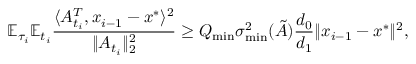
\mathbb { E } _ { \tau _ { i } } \mathbb { E } _ { t _ { i } } \frac { \langle A _ { t _ { i } } ^ { T } , x _ { i - 1 } - x ^ { * } \rangle ^ { 2 } } { \| A _ { t _ { i } } \| _ { 2 } ^ { 2 } } \geq Q _ { \operatorname* { m i n } } \sigma _ { \operatorname* { m i n } } ^ { 2 } ( \tilde { A } ) \frac { d _ { 0 } } { d _ { 1 } } \| x _ { i - 1 } - x ^ { * } \| ^ { 2 } ,